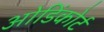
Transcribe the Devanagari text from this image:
ओडिंकोर्ट